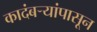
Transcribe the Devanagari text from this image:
कादंबऱ्यांपासून